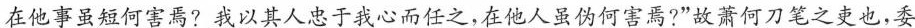
在他事虽短何客焉?我以其人忠于我心而任之，在他人虽伪何害焉?”故萧何刀笔之吏也，委